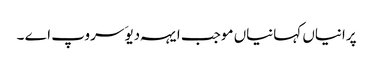
پرانیاں کہانیاں موجب ایہہ دیوَ سروپ اے ۔